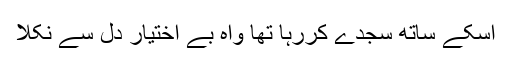
اسکے ساتھ سجدے کررہا تھا واہ بے اختیار دل سے نکلا